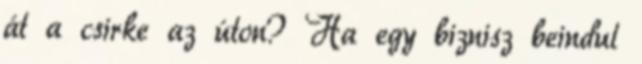
át a csirke az úton? Ha egy biznisz beindul